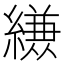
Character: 𮉈